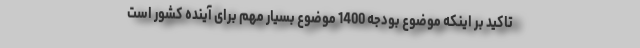
تاکید بر اینکه موضوع بودجه 1400 موضوع بسیار مهم برای آینده کشور است